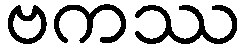
ဗကဿ